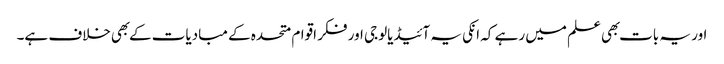
اور یہ بات بهی علم میں رہے کہ انکی یہ آئیڈیالوجی اور فکر اقوام متحده کے مبادیات کے بهی خلاف ہے۔